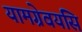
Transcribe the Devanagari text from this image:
यामग्रेवयसि